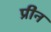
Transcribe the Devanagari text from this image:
प्रीन